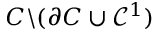
C \backslash ( \partial C \cup \mathcal { C } ^ { 1 } )